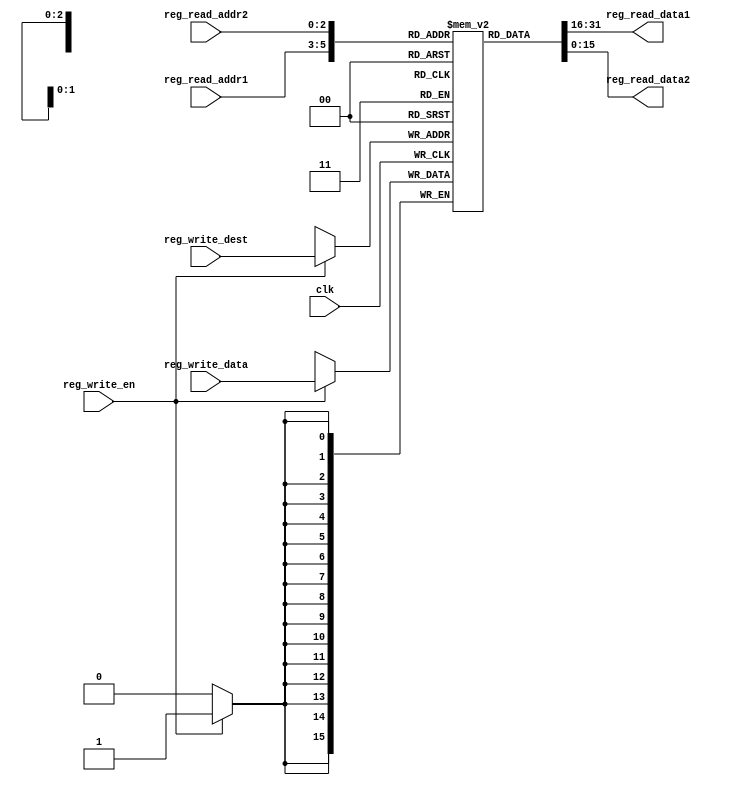
`timescale 1ns/1ps
module GPRs(input clk,input reg_write_en, input [2:0]reg_write_dest, input [15:0]reg_write_data, input [2:0]reg_read_addr1,
             output [15:0]reg_read_data1,input [2:0]reg_read_addr2,output [15:0]reg_read_data2 );
reg [15:0] reg_array [7:0]; // 8 16bit registers are assigned 
integer i;
// The reg_write_addr1 and 2 can address the 8 registers inside the reg_array
initial begin
for(i=0;i<8;i=i+1)
reg_array[i] <=16'd0; // Initializes the registers to zero
end
always@(posedge clk)begin
	if(reg_write_en==1)begin
	reg_array[reg_write_dest]<= reg_write_data;
	end
end
assign reg_read_data1=reg_array[reg_read_addr1];
assign reg_read_data2=reg_array[reg_read_addr2];
endmodule